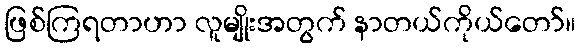
ဖြစ်ကြရတာဟာ လူမျိုးအတွက် နာတယ်ကိုယ်တော်။